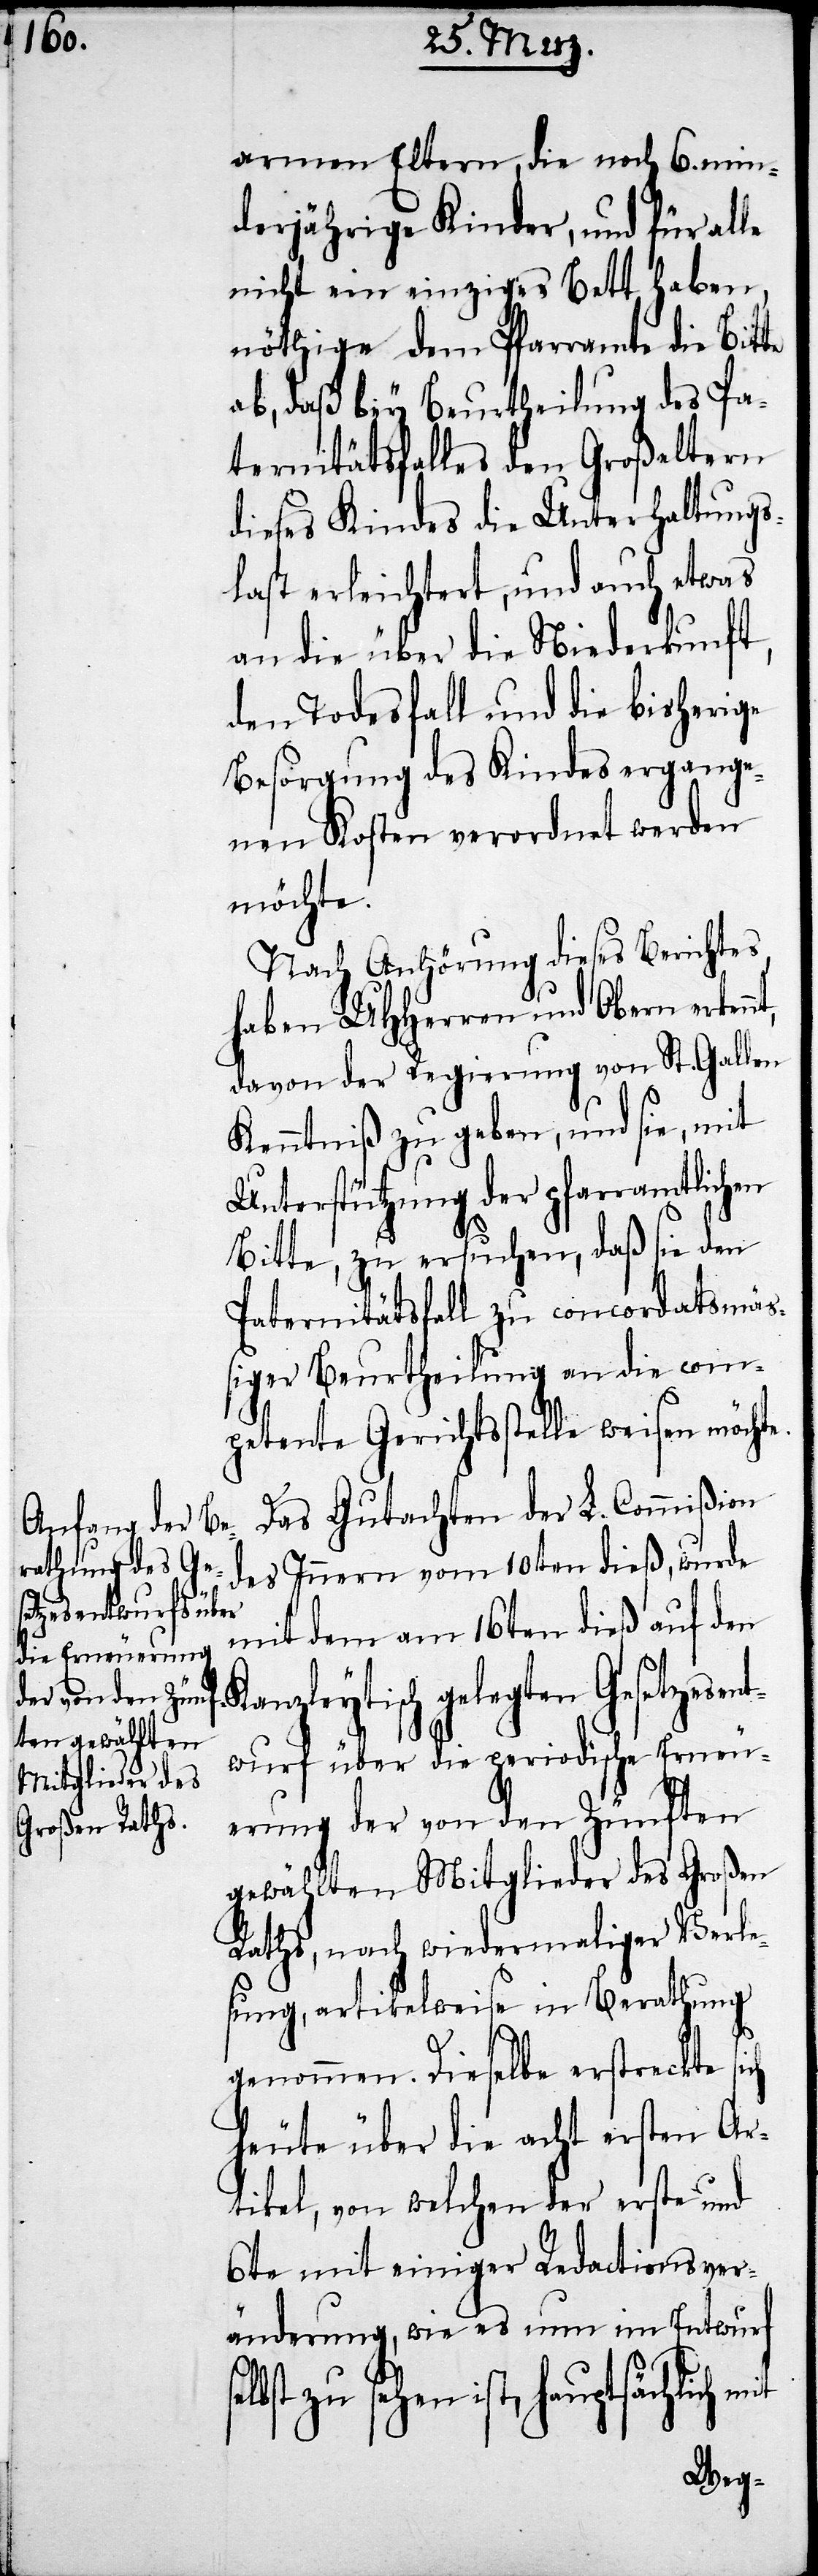
nt,

armen Eltern, die noch 6. min¬
derjährige Kinder, und für alle
nicht ein einziges Bett haben,
nöthige dem Pfarramte die Bitte
ab, daß bey Beurtheilung des Pa¬
ternitätsfalles den Großeltern
dieses Kindes die Unterhaltungs¬
last erleichtert, und auch etwas
an die über die Niederkunft,
den Todesfall und die bisherige
Besorgung des Kindes ergange¬
nen Kosten verordnet werden
möchte.
Nach Anhörung dieses Berichtes,
haben UHHerren und Obern erken¬
davon der Regierung von St. Gallen
Kenntniß zu geben, und sie, mit
Unterstützung der pfarramtlichen
Bitte, zu ersuchen, daß sie den
Paternitätsfall zu concordatsmäs¬
siger Beurtheilung an die com¬
petente Gerichtsstelle weisen möchte.
Das Gutachten der L. Commißion
des Innern vom 10ten dieß, wurde
mit dem am 16ten dieß auf den
Kanzleytisch gelegten Gesetzesen¬
twurf über die periodische Erneu¬
erung der von den Zünften
gewählten Mitglieder des Großen
Raths, nach wiedermaliger Verle¬
sung, artikelweise in Berathung
genommen. Dieselbe erstreckte sich
heute über die acht ersten Ar¬
tikel, von welchen der erste und
6te mit einiger Redactionsver¬
änderung, wie es nun im Entwurf
zu sehen ist, hauptsächlich